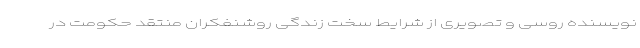
نویسنده روسی و تصویری از شرایط سخت زندگی روشنفکران منتقد حکومت در